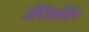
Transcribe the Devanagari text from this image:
जीऍमबीऍच